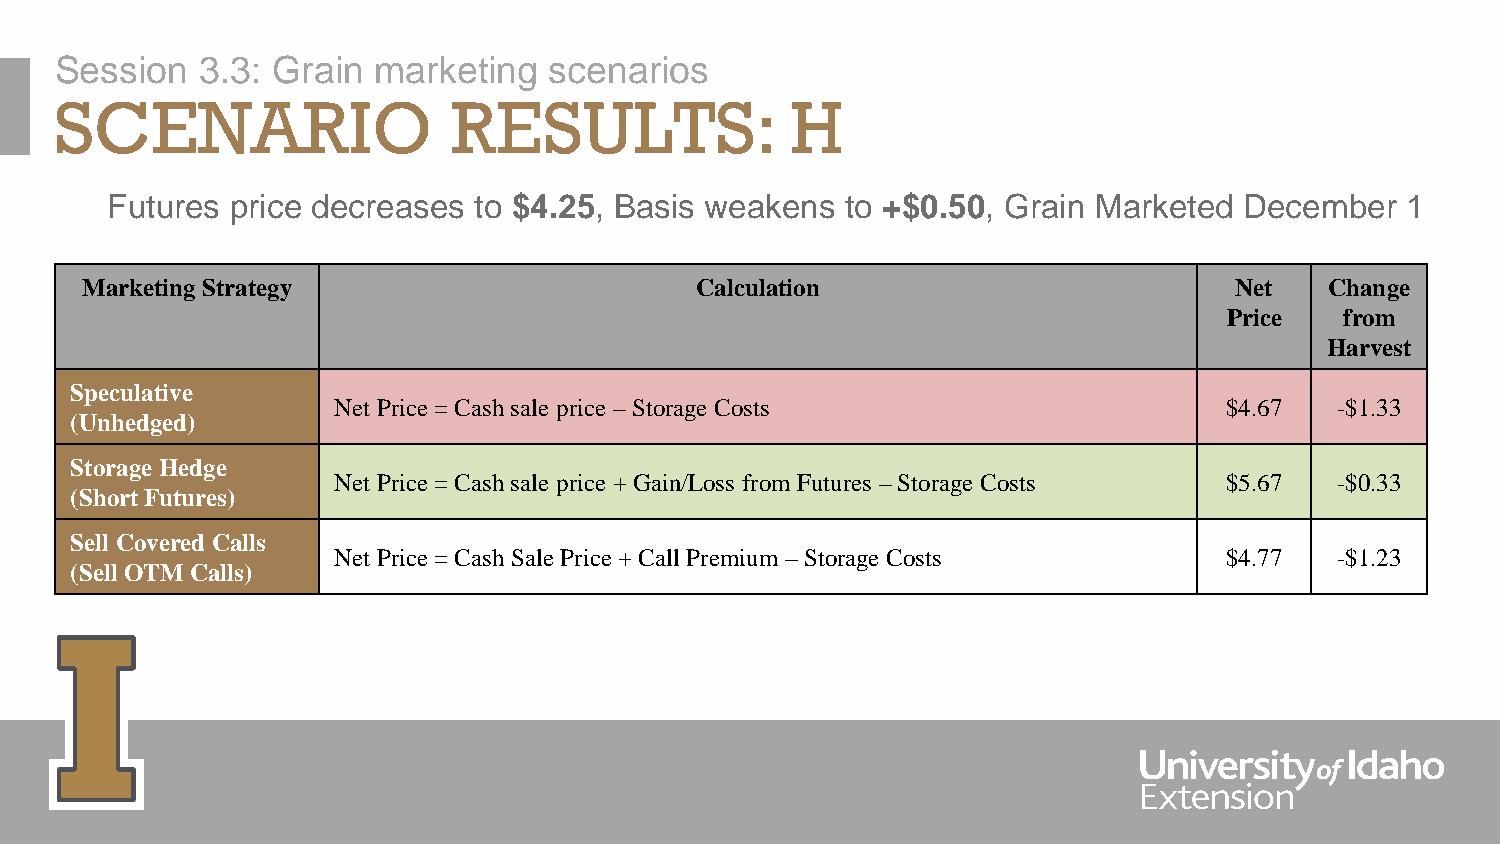
Session  3.3: Grain  marketing  scenarios
 SCENARIO                  RESULTS:              H
 Futures price decreases to $4.25, Basis weakens  to +$0.50, Grain Marketed December   1
 Marketing Strategy                       Calculation                         Net   Change
 Price   from
 Harvest
 Speculative
 Net Price = Cash sale price –Storage Costs                 $4.67   -$1.33
 (Unhedged)
 Storage Hedge
 Net Price = Cash sale price + Gain/Loss from Futures –Storage Costs $5.67 -$0.33
 (Short Futures)
 Sell Covered Calls
 Net Price = Cash Sale Price + Call Premium –Storage Costs  $4.77   -$1.23
 (Sell OTM Calls)